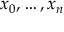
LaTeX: x _ { 0 } , \ldots , x _ { n }